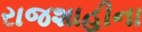
રાજશાહીના